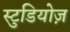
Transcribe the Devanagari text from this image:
स्टुडियोज़